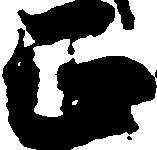
正